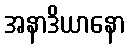
အနာဒိယာနော